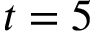
t = 5